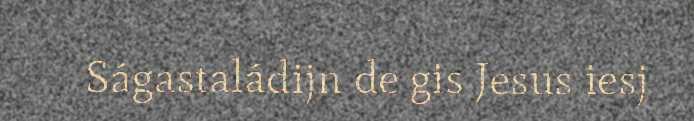
Ságastaládijn de gis Jesus iesj